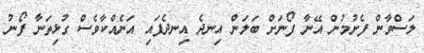
ލަސްވާން ފެށުމުން އޭނާ ފޯނަށް ބަލަން އިނދެ އިނދެފައި އަނެއްކާވެސް ގުޅިތަނާ ފޯނު